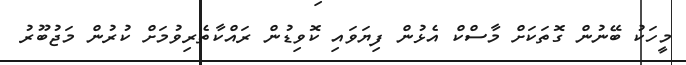
މީހަކު ބޭނުން ގޮތަކަށް މާސްކް އެޅުން ފިޔަވައި ކޮވިޑުން ރައްކާތެރިވުމަށް ކުރުން މަޖުބޫރު